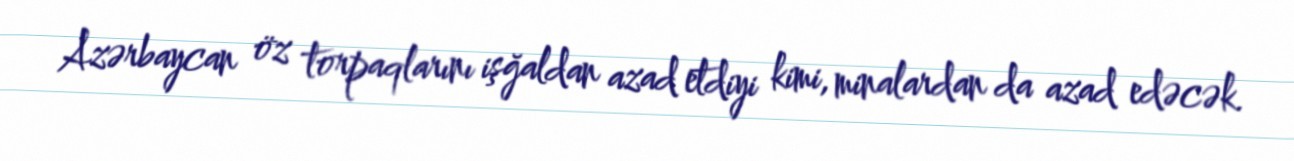
Azərbaycan öz torpaqlarını işğaldan azad etdiyi kimi, minalardan da azad edəcək.